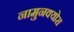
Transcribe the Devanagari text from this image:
नामुनक्योरा